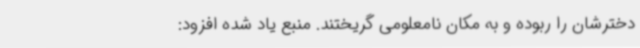
دخترشان را ربوده و به مکان نامعلومی گریختند. منبع یاد شده افزود: